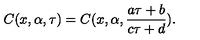
C ( x , \alpha , \tau ) = C ( x , \alpha , \frac { a \tau + b } { c \tau + d } ) .